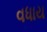
વધાય